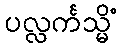
ပလ္လင်္ကသ္မိံ